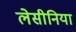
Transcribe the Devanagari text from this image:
लेसीनिया